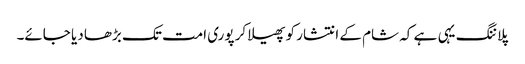
پلاننگ یہی ہے کہ شام کے انتشار کو پھیلا کر پوری امت تک بڑھا دیا جائے۔